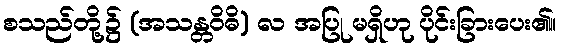
စသည်တို့၌ (အသန္တဝိဓိ) လ အပြု မရှိဟု ပိုင်းခြားပေး၏။